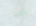
يجهز